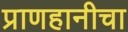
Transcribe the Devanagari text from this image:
प्राणहानीचा